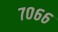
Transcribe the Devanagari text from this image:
७०६६